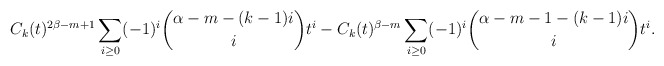
\begin{align*}C_k(t)^{2\beta-m+1} \sum_{i \geq 0} (-1)^i \binom{\alpha-m-(k-1)i}{i} t^i - C_k(t)^{\beta-m} \sum_{i \geq 0} (-1)^i \binom{\alpha-m-1-(k-1)i}{i} t^i.\end{align*}